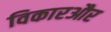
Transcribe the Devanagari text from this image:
विकारऔर